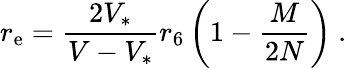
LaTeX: r_{\mathrm{e}}={\frac{2V_{*}}{{V}-V_{*}}}r_{6}\left(1-{\frac{M}{2N}}\right)\ .